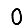
Digit: 0